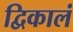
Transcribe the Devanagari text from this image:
द्विकालं